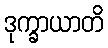
ဒုက္ခာယာတိ